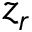
z _ { r }